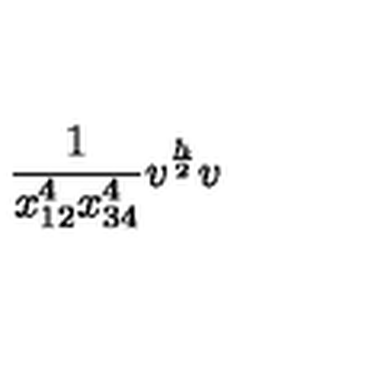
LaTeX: \frac { 1 } { x _ { 1 2 } ^ { 4 } x _ { 3 4 } ^ { 4 } } v ^ { \frac { h } { 2 } } v \,